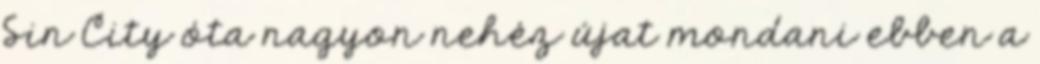
Sin City óta nagyon nehéz újat mondani ebben a